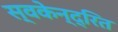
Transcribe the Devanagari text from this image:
स्वकेन्द्रित